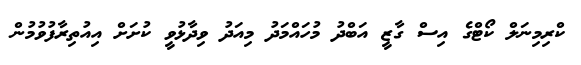
ކްރިމިނަލް ކޯޓްގެ އިސް ގާޒީ އަބްދު މުހައްމަދު މިއަދު ވިދާޅުވީ ކުށަށް އިއުތިރާފުވުމުން